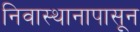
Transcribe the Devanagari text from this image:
निवास्थानापासून